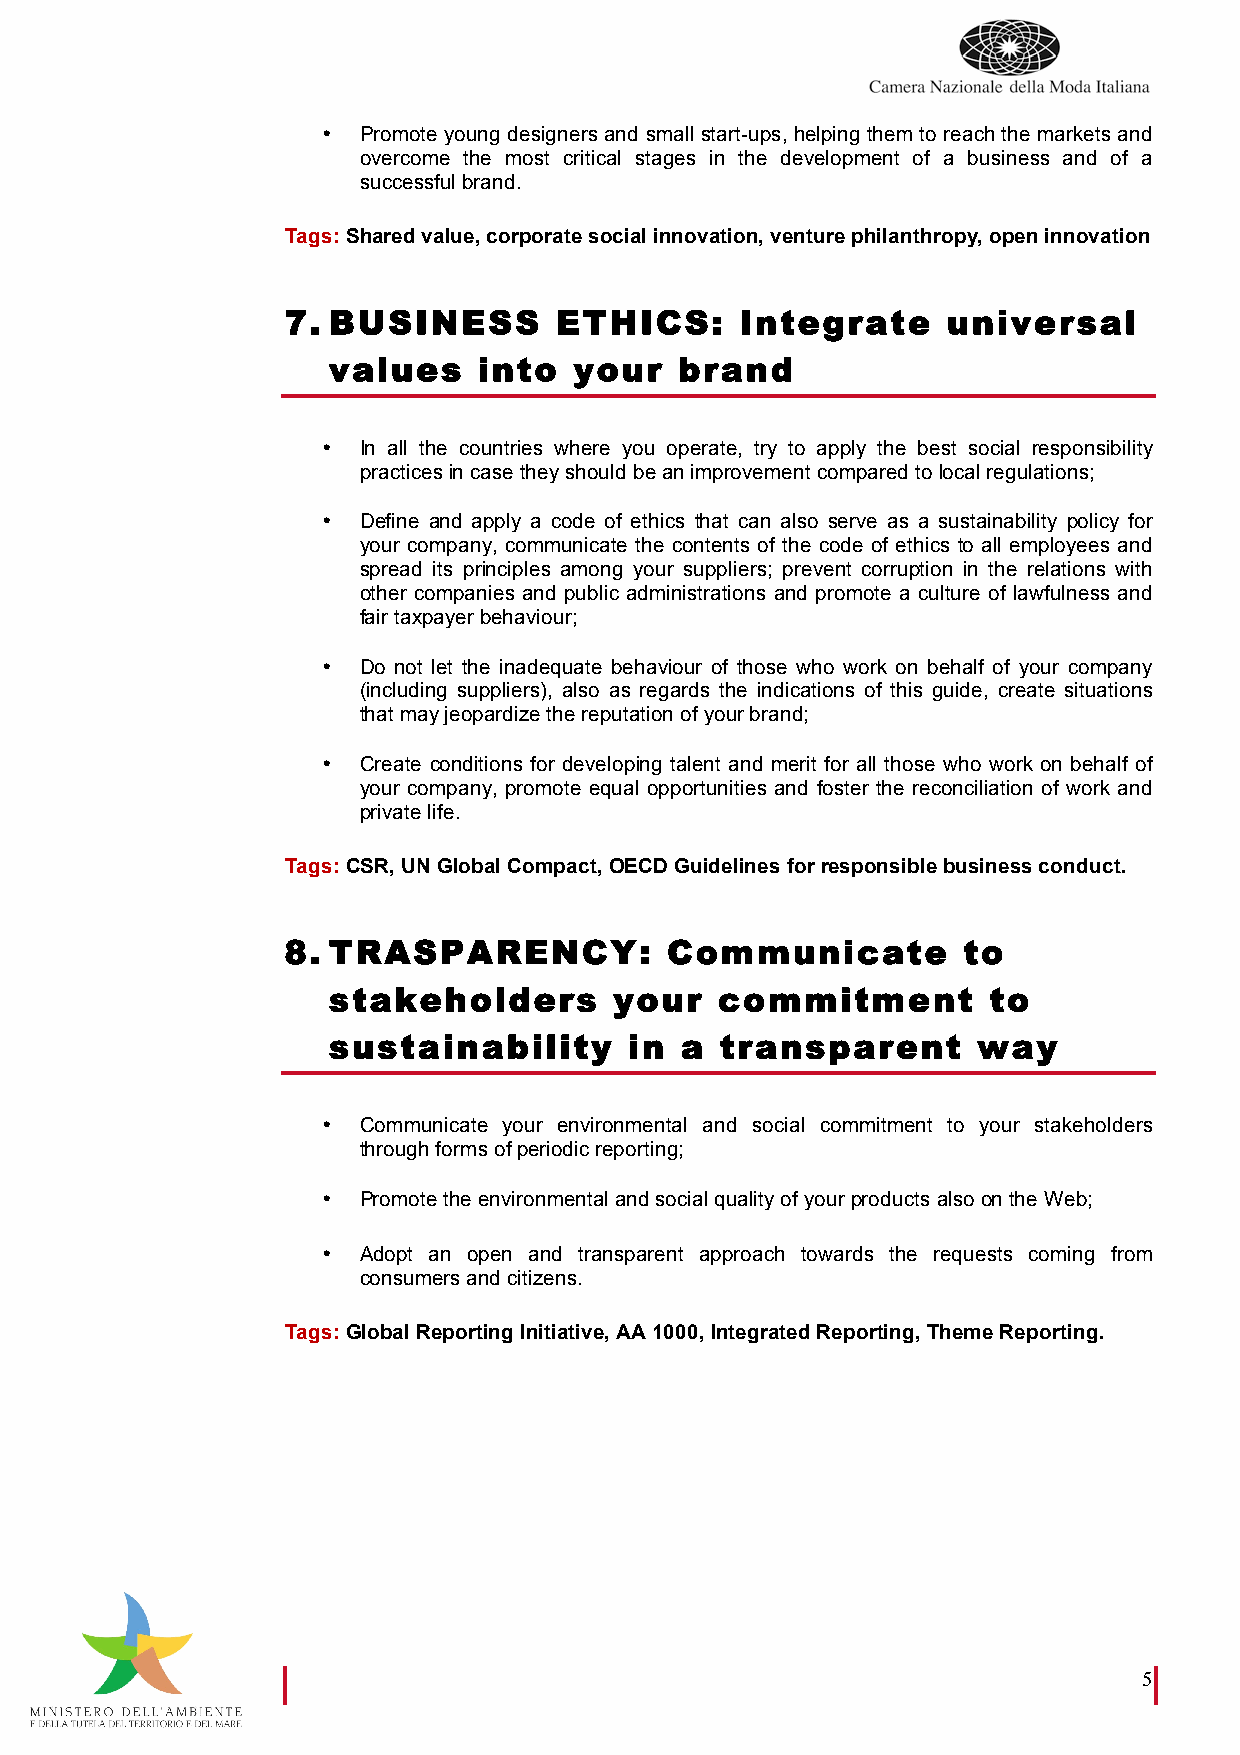
•  Promote young designers and small start-ups, helping them to reach the markets and
 overcome the most critical stages in the development of a business and of a
 successful brand.
 Tags: Shared value, corporate social innovation, venture philanthropy, open innovation
 7. BUSINESS       ETHICS:     Integrate     universal
 values    into  your   brand
 •  In all the countries where you operate, try to apply the best social responsibility
 practices in case they should be an improvement compared to local regulations;
 •  Define and apply a code of ethics that can also serve as a sustainability policy for
 your company, communicate the contents of the code of ethics to all employees and
 spread its principles among your suppliers; prevent corruption in the relations with
 other companies and public administrations and promote a culture of lawfulness and
 fair taxpayer behaviour;
 •  Do not let the inadequate behaviour of those who work on behalf of your company
 (including suppliers), also as regards the indications of this guide, create situations
 that may jeopardize the reputation of your brand;
 •  Create conditions for developing talent and merit for all those who work on behalf of
 your company, promote equal opportunities and foster the reconciliation of work and
 private life.
 Tags: CSR, UN Global Compact, OECD Guidelines for responsible business conduct.
 8. TRASPARENCY:          Communicate         to
 stakeholders       your   commitment       to
 sustainability      in a  transparent      way
 •  Communicate your environmental and social commitment to your stakeholders
 through forms of periodic reporting;
 •  Promote the environmental and social quality of your products also on the Web;
 •  Adopt an open and transparent approach towards the requests coming from
 consumers and citizens.
 Tags: Global Reporting Initiative, AA 1000, Integrated Reporting, Theme Reporting.
 5